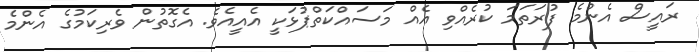
ރައީސް އެންމެ ފުރަތަމަ ކުރެއްވި އެއް މަސައްކަތްޕުޅަކީ އެއީއެވެ. އެގޮތުން ވެރިކަމުގެ އެންމެ